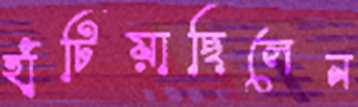
হাঁটিয়াছিলেন